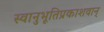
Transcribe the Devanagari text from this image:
स्वानुभूतिप्रकाशवान्